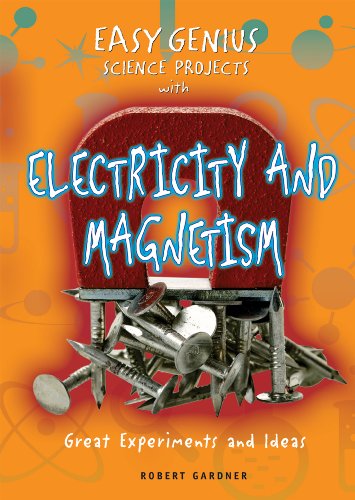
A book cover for Easy Genius Science Projects with Electricity and Magnetism: Great Experiments and Ideas; Robert Gardner; Children's Books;